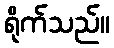
ရိုက်သည်။